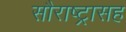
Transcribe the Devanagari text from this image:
सौराष्ट्रासह